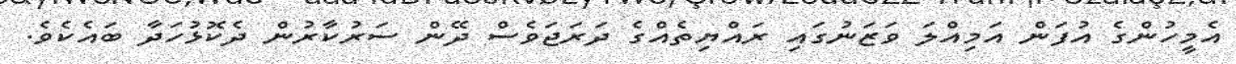
އެމީހުންގެ އުފަން އަމިއްލަ ވަޒަނުގައި ރައްޔިތެއްގެ ދަރަޖަވެސް ދޭން ސަރުކާރުން ދެކޮޅުހަދާ ބައެކެވެ.